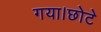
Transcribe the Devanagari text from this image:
गया।छोटे